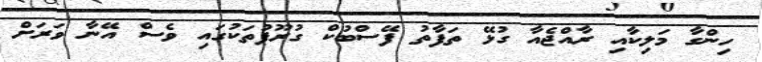
ހިންގާ މަލިކާއި ރާއްޖެއާ ގުޅޭ ތަފާތު ފޭސްބުކް ގުރޫޕުތަކުގައި ވެސް އޭނާ ވަރަށް